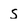
Character: s